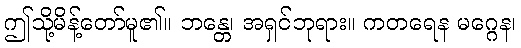
ဤသို့မိန့်တော်မူ၏။ ဘန္တေ၊ အရှင်ဘုရား။ ကတရေန မဂ္ဂေန၊